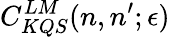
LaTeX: C_{KQS}^{LM}(n,n^{\prime};\epsilon)